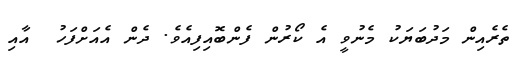
ތެރެއިން މަދުބަޔަކު މެނުވީ އެ ކޯރުން ފެންބޮއިފިއެވެ. ދެން އެއަށްފަހު  އާއި